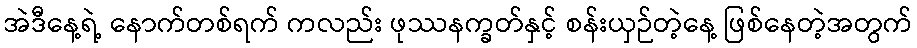
အဲဒီနေ့ရဲ့ နောက်တစ်ရက် ကလည်း ဖုဿနက္ခတ်နှင့် စန်းယှဉ်တဲ့နေ့ ဖြစ်နေတဲ့အတွက်